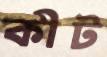
কীট